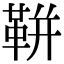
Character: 𩊖